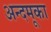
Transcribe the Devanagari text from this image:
अन्दमूका